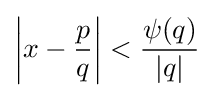
\left|x-{\frac {p}{q}}\right|<{\frac {\psi (q)}{|q|}}